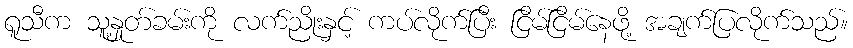
ရူသီက သူ့နှုတ်ခမ်းကို လက်ညိုးနှင့် ကပ်လိုက်ပြီး ငြိမ်ငြိမ်နေဖို့ အချက်ပြလိုက်သည်။